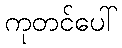
ကုတင်ပေါ်